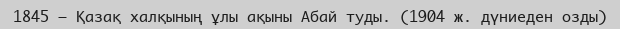
1845 — Қазақ халқының ұлы ақыны Абай туды. (1904 ж. дүниеден озды)